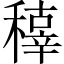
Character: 𥢍